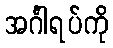
အင်္ဂါရပ်ကို